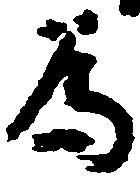
為